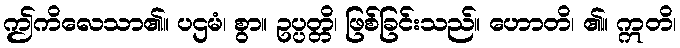
ဤကိလေသာ၏။ ပဌမံ၊ စွာ။ ဥပ္ပတ္တိ၊ ဖြစ်ခြင်းသည်။ ဟောတိ၊ ၏။ ဣတိ၊